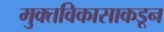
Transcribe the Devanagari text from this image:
मुक्तविकासाकडून